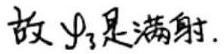
故$\psi_{3}$是满射.